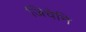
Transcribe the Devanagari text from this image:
जिचेनि